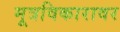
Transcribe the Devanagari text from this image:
मूत्रविकारावर